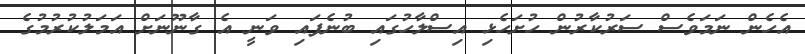
އެހެން ނަމަވެސް ސަރުކާރުން ހުށަހެޅި އިސްލާހުގައި ބުނެފައި ވަނީ އެ ގާނޫނަށް އަމަލުކުރުމުގެ